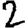
Digit: 2